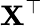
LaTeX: {\mathbf X^{\top}}